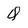
Character: Q